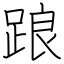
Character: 踉